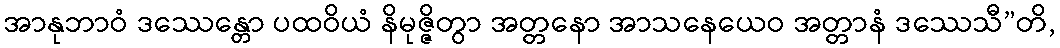
အာနုဘာဝံ ဒဿေန္တော ပထဝိယံ နိမုဇ္ဇိတွာ အတ္တနော အာသနေယေဝ အတ္တာနံ ဒဿေသီ”တိ,